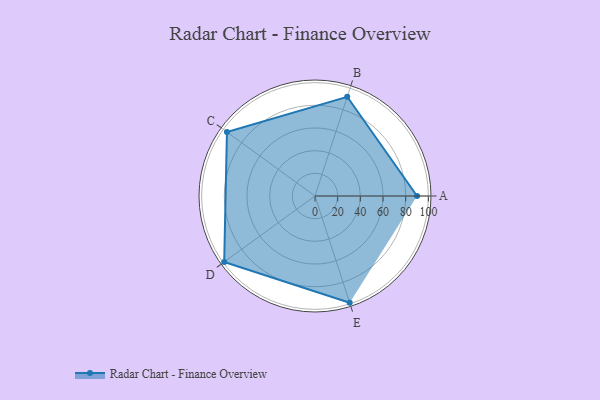
{"axis": {"x": "Skill", "y": "Score"}, "legend": ["Profile"], "data": [{"x": "A", "y": 90.0, "type": "Profile"}, {"x": "B", "y": 92.0, "type": "Profile"}, {"x": "C", "y": 96.0, "type": "Profile"}, {"x": "D", "y": 99.0, "type": "Profile"}, {"x": "E", "y": 99, "type": "Profile"}]}